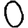
Digit: 0